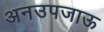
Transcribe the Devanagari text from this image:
अनउपजाऊ